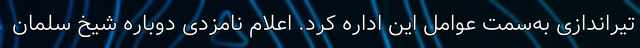
تیراندازی به‌سمت عوامل این اداره کرد. اعلام نامزدی دوباره شیخ سلمان